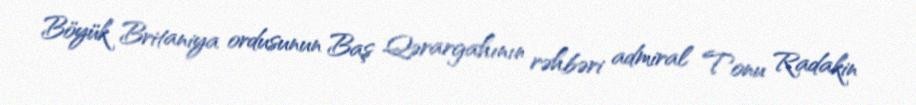
Böyük Britaniya ordusunun Baş Qərargahının rəhbəri admiral Tonu Radakin